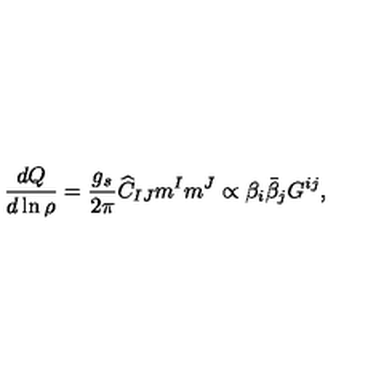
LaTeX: { \frac { d { Q } } { d \ln { \rho } } } = { \frac { g _ { s } } { 2 \pi } } { \widehat C _ { I J } m ^ { I } m ^ { J } } \propto { \beta _ { i } \bar { \beta } _ { j } G ^ { i j } } ,